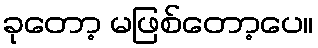
ခုတော့ မဖြစ်တော့ပေ။